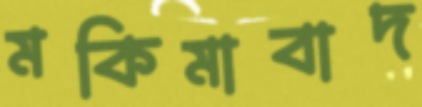
মকিমাবাদ